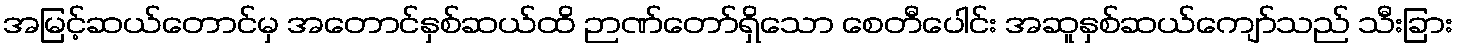
အမြင့်ဆယ်တောင်မှ အတောင်နှစ်ဆယ်ထိ ဉာဏ်တော်ရှိသော စေတီပေါင်း အဆူနှစ်ဆယ်ကျော်သည် သီးခြား